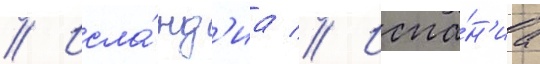
// Исла́нд'иа // Испа́н'иа